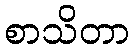
စာသိတာ